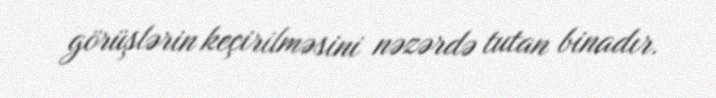
görüşlərin keçirilməsini nəzərdə tutan binadır.